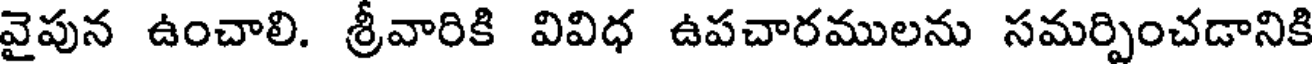
వైపున ఉంచాలి. శ్రీవారికి వివిధ ఉపచారములను సమర్పించడానికి